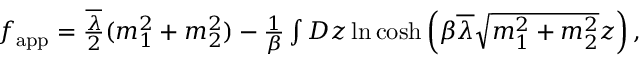
\begin{array} { r } { f _ { \mathrm { a p p } } = \frac { \overline { { \lambda } } } { 2 } ( m _ { 1 } ^ { 2 } + m _ { 2 } ^ { 2 } ) - \frac { 1 } { \beta } \int D z \ln \cosh \left( \beta \overline { { \lambda } } \sqrt { m _ { 1 } ^ { 2 } + m _ { 2 } ^ { 2 } } z \right) , } \end{array}